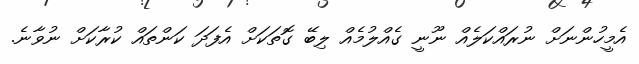
އެމީހުންނަށް ނުރައްކަލެއް ނޫނީ ގެއްލުމެއް ލިބޭ ގޮތަކަށް އެފަދަ ކަންތައް ކުރާކަށް ނުވާނެ.